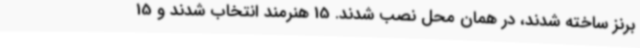
برنز ساخته شدند، در همان محل نصب شدند. 15 هنرمند انتخاب شدند و 15